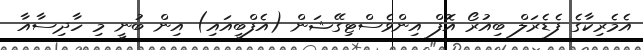
އެމެރިކާގެ ފެޑެރަލް ބިއުރޯ އޮފް އިންވެސްޓިގޭޝަން (އެފްބީއައި) އިން ބުނީ މި ހާދިސާއާ